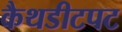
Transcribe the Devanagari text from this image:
कैथडीटपट